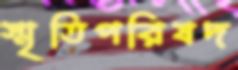
স্মৃতিপরিষদ